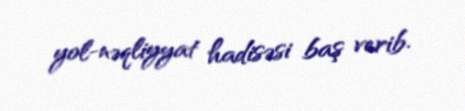
yol-nəqliyyat hadisəsi baş verib.